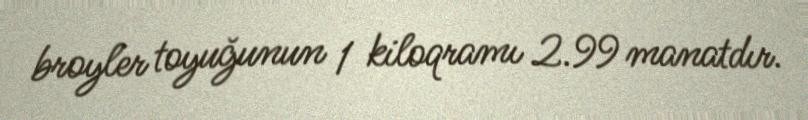
broyler toyuğunun 1 kiloqramı 2.99 manatdır.